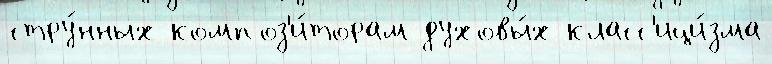
стру́нных композ'и́торам духовы́х класс'ици́зма